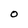
Character: 0